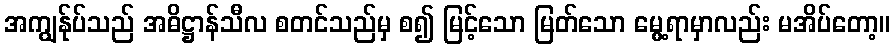
အကျွန်ုပ်သည် အဓိဋ္ဌာန်သီလ စတင်သည်မှ စ၍ မြင့်သော မြတ်သော မွေ့ရာမှာလည်း မအိပ်တော့။